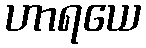
ဟာရယေ